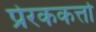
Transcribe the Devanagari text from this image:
प्रेरककर्त्ता